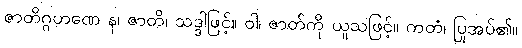
ဇာတိဂ္ဂဟဏေ န၊ ဇာတိ၊ သဒ္ဒါဖြင့်။ ဝါ၊ ဇာတ်ကို ယူသဖြင့်။ ကတံ၊ ပြုအပ်၏။